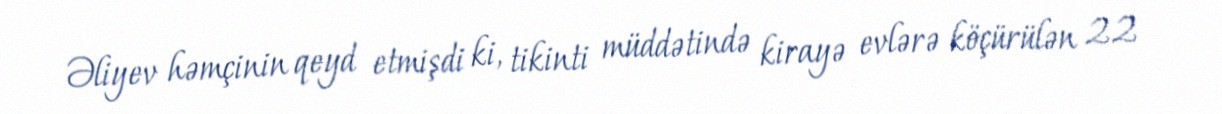
Əliyev həmçinin qeyd etmişdi ki, tikinti müddətində kirayə evlərə köçürülən 22